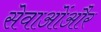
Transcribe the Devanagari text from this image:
सेवाओंऔर